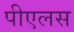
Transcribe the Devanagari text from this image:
पीएलस